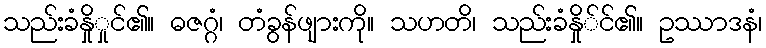
သည်းခံနှိုှုင်၏။ ဓဇဂ္ဂံ၊ တံခွန်ဖျားကို။ သဟတိ၊ သည်းခံနှို်င်၏။ ဥဿာဒနံ၊